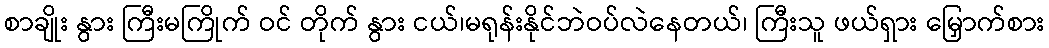
စာချိုး နွား ကြီးမကြိုက် ဝင် တိုက် နွား ငယ်၊မရုန်းနိုင်ဘဲဝပ်လဲနေတယ်၊ ကြီးသူ ဖယ်ရှား မြှောက်စား